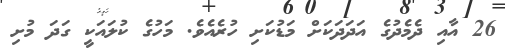
26 އާއި ދެމެދުގެ އަދަދަކަށް މަޑުކަށި ހުރެއެވެ. މަހުގެ ކުލައަކީ ގަދަ މުށި